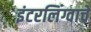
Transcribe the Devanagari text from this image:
इंटरलिंग्वाचे